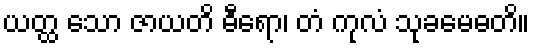
ယတ္ထ သော ဇာယတိ ဓီရော၊ တံ ကုလံ သုခမေဓတိ။